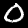
Digit: 0